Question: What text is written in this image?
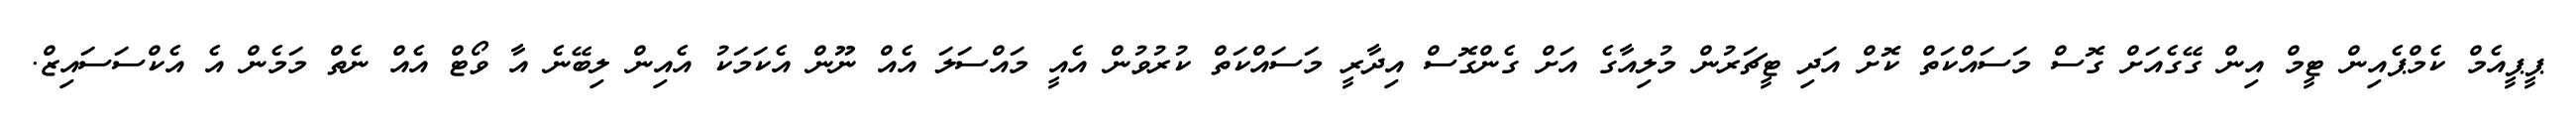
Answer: ޕީޕީއެމް ކެމްޕެއިން ޓީމް އިން ގޭގެއަށް ގޮސް މަސައްކަތް ކޮށް އަދި ޓީޗަރުން މުލިއާގެ އަށް ގެންގޮސް އިދާރީ މަސައްކަތް ކުރުވުން އެއީ މައްސަލަ އެއް ނޫން އެކަމަކު އެއިން ލިބޭނެ އާ ވޯޓް އެއް ނެތް މަމެން އެ އެކްސަސައިޒް.